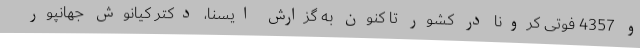
و 4357 فوتی کرونا در کشور تا کنون به گزارش ایسنا، دکتر کیانوش جهانپور